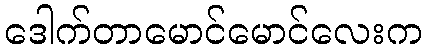
ဒေါက်တာမောင်မောင်လေးက